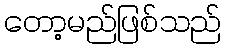
တော့မည်ဖြစ်သည်